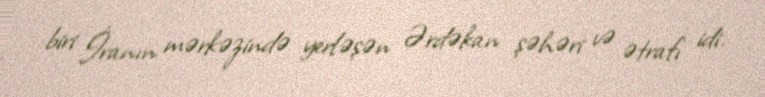
biri İranın mərkəzində yerləşən Ərdəkan şəhəri və ətrafı idi.